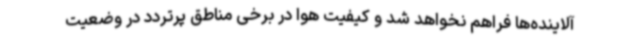
آلاینده‌ها فراهم نخواهد شد و کیفیت هوا در برخی مناطق پرتردد در وضعیت